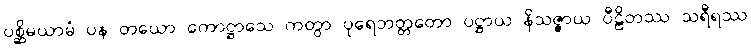
ပစ္ဆိမယာမံ ပန တယော ကောဋ္ဌာသေ ကတွာ ပုရေဘတ္တတော ပဋ္ဌာယ နိသဇ္ဇာယ ပီဠိတဿ သရီရဿ